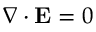
\nabla \cdot \mathbf { E } = 0